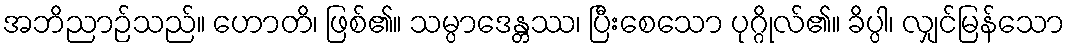
အဘိညာဉ်သည်။ ဟောတိ၊ ဖြစ်၏။ သမ္ပာဒေန္တဿ၊ ပြီးစေသော ပုဂ္ဂိုလ်၏။ ခိပ္ပါ၊ လျှင်မြန်သော